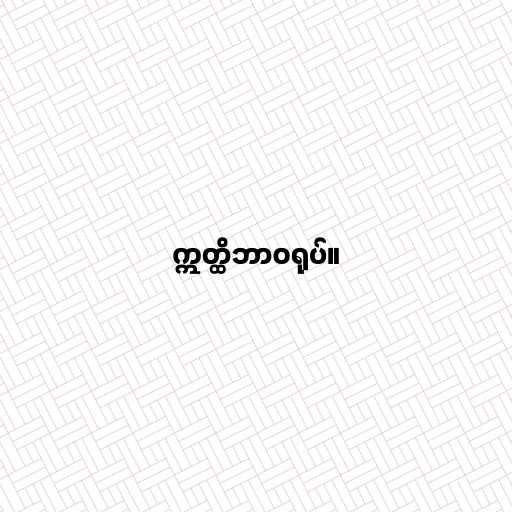
ဣတ္ထိဘာဝရုပ်။